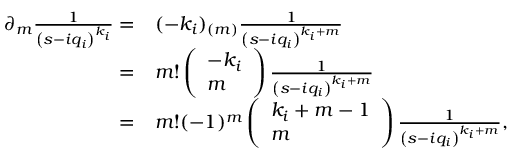
\begin{array} { r l } { \partial _ { m } \frac { 1 } { \left( s - i q _ { i } \right) ^ { k _ { i } } } = } & { ( - k _ { i } ) _ { ( m ) } \frac { 1 } { \left( s - i q _ { i } \right) ^ { k _ { i } + m } } } \\ { = } & { m ! \left( \begin{array} { l } { - k _ { i } } \\ { m } \end{array} \right) \frac { 1 } { \left( s - i q _ { i } \right) ^ { k _ { i } + m } } } \\ { = } & { m ! ( - 1 ) ^ { m } \left( \begin{array} { l } { k _ { i } + m - 1 } \\ { m } \end{array} \right) \frac { 1 } { \left( s - i q _ { i } \right) ^ { k _ { i } + m } } , } \end{array}